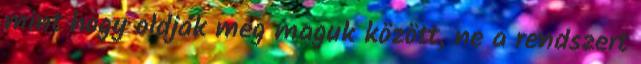
mint hogy oldják meg maguk között, ne a rendszert